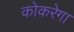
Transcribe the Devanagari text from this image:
कोकरेगा